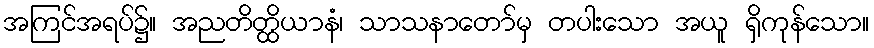
အကြင်အရပ်၌။ အညတိတ္ထိယာနံ၊ သာသနာတော်မှ တပါးသော အယူ ရှိကုန်သော။